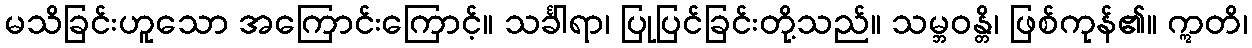
မသိခြင်းဟူသော အကြောင်းကြောင့်။ သင်္ခါရာ၊ ပြုပြင်ခြင်းတို့သည်။ သမ္ဘဝန္တိ၊ ဖြစ်ကုန်၏။ ဣတိ၊